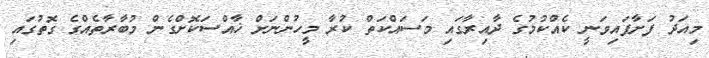
މިއަދު ފަށާފައިވަނީ ކެއްކުމުގެ ދާއިރާގައި މަސައްކަތް ކުރާ މީހުންނަށް ޚާއްސަކޮށްގެން މުބާރާތެއްގެ ގޮތުގައި